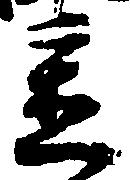
置